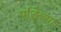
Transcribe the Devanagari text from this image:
पांडेच्या